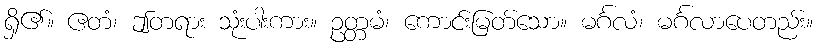
ရှိ၏။ ဧတံ၊ ဤတရား သုံးပါးကား။ ဥတ္တမံ၊ ကောင်းမြတ်သော။ မင်္ဂလံ၊ မင်္ဂလာပေတည်း။